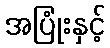
အပြုံးနှင့်